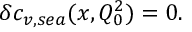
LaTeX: \delta c _ { v , s e a } ( x , Q _ { 0 } ^ { 2 } ) = 0 .